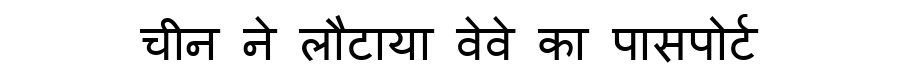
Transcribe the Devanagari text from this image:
चीन ने लौटाया वेवे का पासपोर्ट